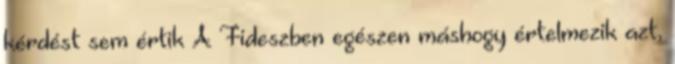
kérdést sem értik A Fideszben egészen máshogy értelmezik azt,